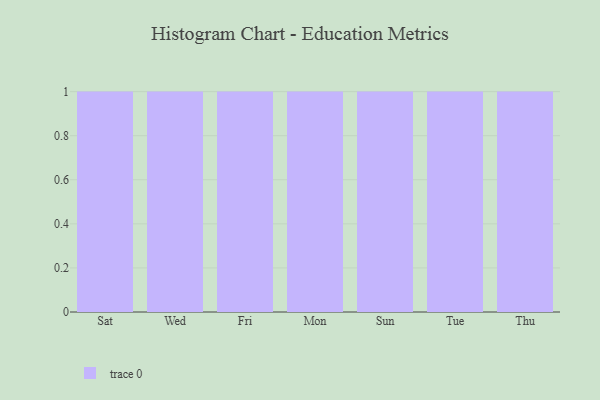
{"axis": {"x": "Day", "y": "Shipments"}, "legend": [""], "data": [{"x": "Sat", "y": 30, "type": ""}, {"x": "Wed", "y": 72, "type": ""}, {"x": "Fri", "y": 80, "type": ""}, {"x": "Mon", "y": 70, "type": ""}, {"x": "Sun", "y": 46, "type": ""}, {"x": "Tue", "y": 41, "type": ""}, {"x": "Thu", "y": 42, "type": ""}]}